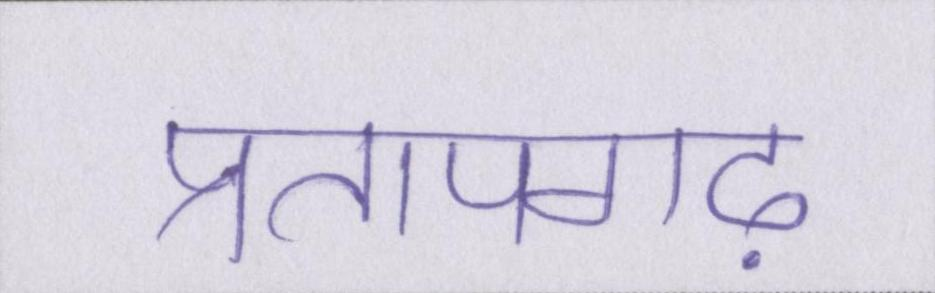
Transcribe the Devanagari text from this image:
प्रतापगढ़